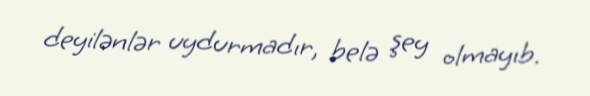
deyilənlər uydurmadır, belə şey olmayıb.